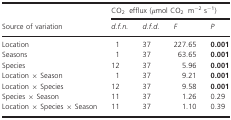
<table><thead><tr><td>[EMPTY_CELL]</td><td colspan="4"><b>CO<sub>2</sub> efflux (<i>μ</i>mol CO<sub>2</sub> m<sup>−2</sup> s<sup>−1</sup>)</b></td></tr><tr><td><b>Source of variation</b></td><td><b><i>d.f.n</i>.</b></td><td><b><i>d.f.d</i>.</b></td><td><b><i>F</i></b></td><td><b><i>P</i></b></td></tr></thead><tbody><tr><td>Location</td><td>1</td><td>37</td><td>227.65</td><td><b>0.001</b></td></tr><tr><td>Seasons</td><td>1</td><td>37</td><td>63.65</td><td><b>0.001</b></td></tr><tr><td>Species</td><td>12</td><td>37</td><td>5.96</td><td><b>0.001</b></td></tr><tr><td>Location × Season</td><td>1</td><td>37</td><td>9.21</td><td><b>0.001</b></td></tr><tr><td>Location × Species</td><td>12</td><td>37</td><td>9.58</td><td><b>0.001</b></td></tr><tr><td>Species × Season</td><td>11</td><td>37</td><td>1.26</td><td>0.29</td></tr><tr><td>Location × Species × Season</td><td>11</td><td>37</td><td>1.10</td><td>0.39</td></tr></tbody></table>